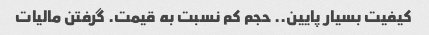
کیفیت بسیار پایین.. حجم کم نسبت به قیمت. گرفتن مالیات